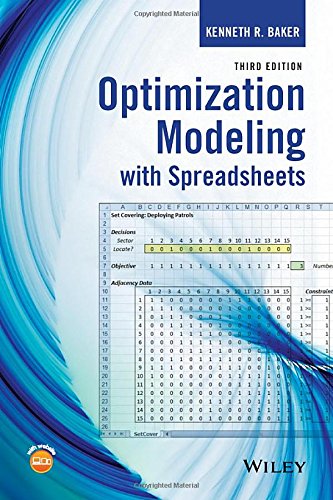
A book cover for Optimization Modeling with Spreadsheets; Kenneth R. Baker; Computers & Technology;